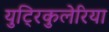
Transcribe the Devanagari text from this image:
युट्रिकुलेरिया